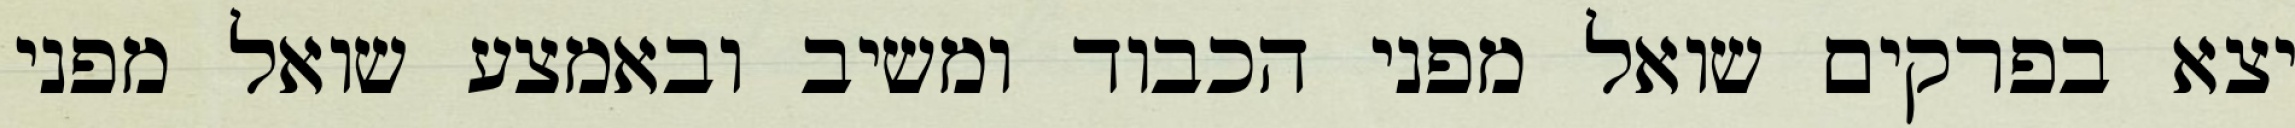
יצא בפרקים שואל מפני הכבוד ומשיב ובאמצע שואל מפני